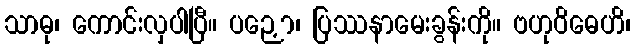
သာဓု၊ ကောင်းလှပါပြီ။ ပဉှော၊ ပြဿနာမေးခွန်းကို။ ဗဟုဝိဓေဟိ၊